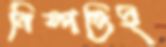
নিষ্পত্তিই